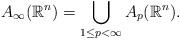
LaTeX: \begin{align*}A_{\infty}(\mathbb {R}^{n})=\bigcup\limits_{1\leq p<\infty}A_{p}(\mathbb {R}^{n}).\end{align*}